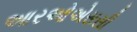
આરઓએસસી